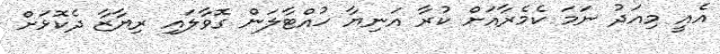
އެއީ މިއަދު ނަމަ ކެމެރާއަށް ކުރާ އަނިޔާ ހުއްޓާލަން ގޮވާލައި ރިޔާޒާ ދެކޮޅަށް